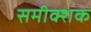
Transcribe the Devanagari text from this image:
समीक्शक